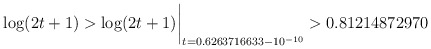
\begin{align*}\log(2t+1) > \log(2t+1)\biggr\rvert_{t=0.6263716633 - 10^{-10}} > 0.81214872970 \quad\end{align*}